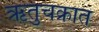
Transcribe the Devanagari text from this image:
ऋतुचक्रात